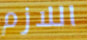
اللازم